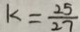
k = \frac { 2 5 } { 2 7 }